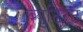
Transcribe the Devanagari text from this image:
ब्युटिरेट